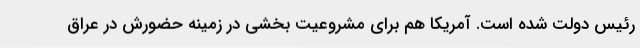
رئیس دولت شده است. آمریکا هم برای مشروعیت بخشی در زمینه حضورش در عراق